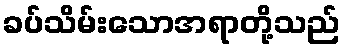
ခပ်သိမ်းသောအရာတို့သည်